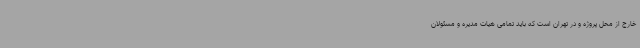
خارج از محل پروژه و در تهران است که باید تمامی هیات مدیره و مسئولان